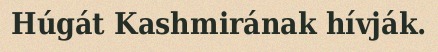
Húgát Kashmirának hívják.